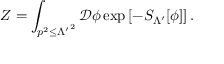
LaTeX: Z = \int _ { p ^ { 2 } \leq { \Lambda ^ { \prime } } ^ { 2 } } { \mathcal { D } } \phi \exp \left[ - S _ { \Lambda ^ { \prime } } [ \phi ] \right] .